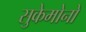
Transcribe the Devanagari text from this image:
सुकेमोनो